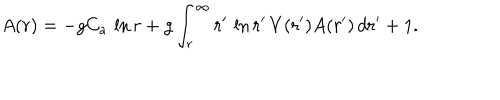
LaTeX: A ( r ) = - g C _ { a } \, \ln r + g \int _ { r } ^ { \infty } r ^ { \prime } \, \ln r ^ { \prime } \, V ( r ^ { \prime } ) A ( r ^ { \prime } ) \, d r ^ { \prime } + 1 .